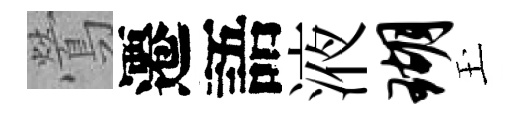
鶯遷語液瑚玉